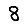
Digit: 8